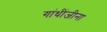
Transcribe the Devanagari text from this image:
गांधींजीना